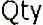
QTY